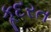
કૂદરત